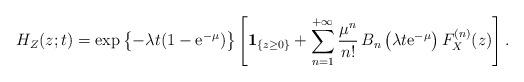
LaTeX: \begin{align*} H_Z(z;t)=\exp\left\{-\lambda t(1-{\rm e}^{-\mu})\right\} \left[ {\bf 1}_{\{z\geq 0\}} +\sum_{n=1}^{+\infty} {\mu^n\over n!}\,B_n\left(\lambda t {\rm e}^{-\mu}\right) F^{(n)}_X(z)\right]. \end{align*}